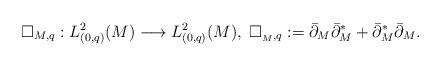
LaTeX: \begin{align*}\Box_{M,q}: L^2_{(0,q)}(M)\longrightarrow L^2_{(0,q)}(M), \;\Box_{_M,q} :=\bar\partial_M\bar\partial^*_M+\bar\partial^*_M\bar\partial_M.\end{align*}